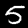
Digit: 5